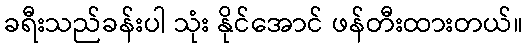
ခရီးသည်ခန်းပါ သုံး နိုင်အောင် ဖန်တီးထားတယ်။